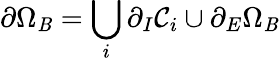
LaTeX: \partial\Omega_{\mathit{B}}=\bigcup_{i}\partial_{I}\mathcal{{C}}_{i}\cup\partial_{E}\Omega_{\mathit{B}}